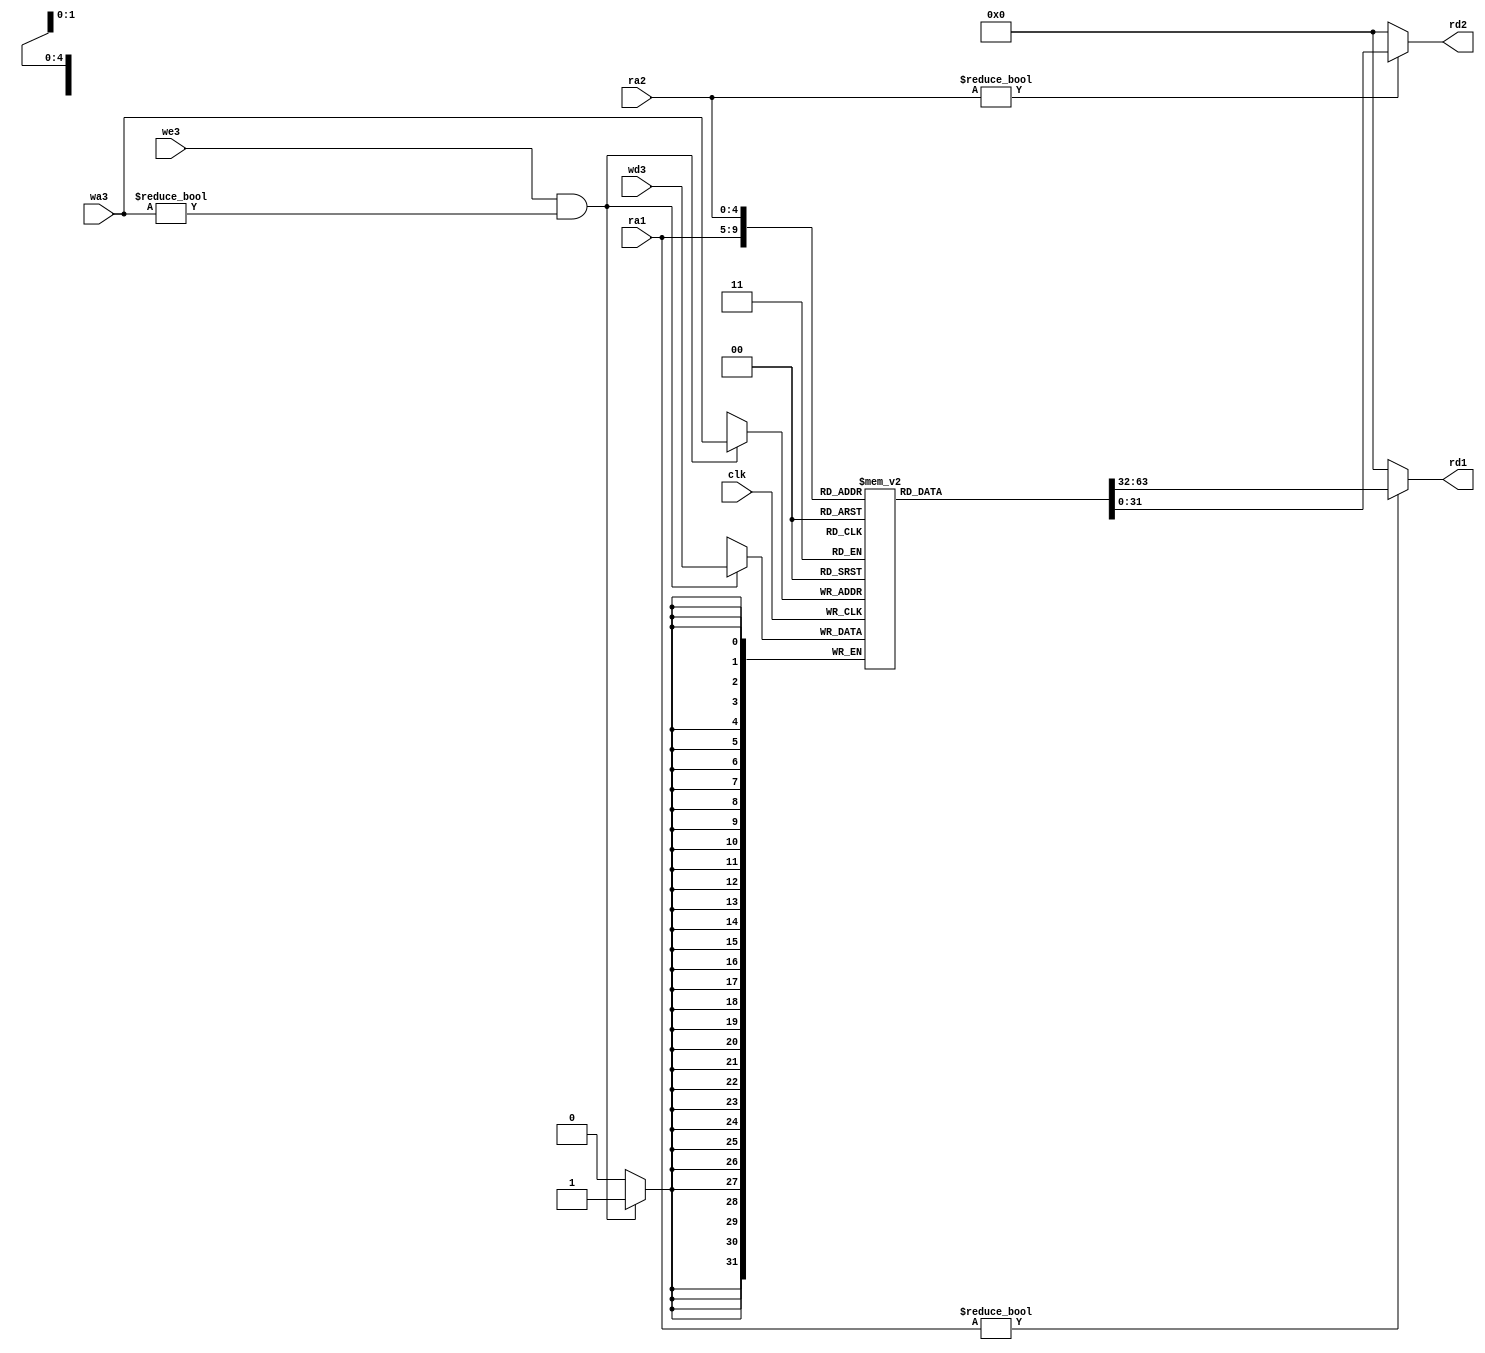
module regfile (input         clk, 
		input         we3, 
		input  [4:0]  ra1, ra2, wa3, 
		input  [31:0] wd3, 
		output [31:0] rd1, rd2);

   reg [31:0] 		      rf[31:0];

   // three ported register file
   // read two ports combinationally
   // write third port on rising edge of clock
   // register 0 hardwired to 0

   always @(posedge clk)
     if (we3 && wa3!=0) rf[wa3] <= wd3;	

   assign rd1 = (ra1 != 0) ? rf[ra1] : 0;
   assign rd2 = (ra2 != 0) ? rf[ra2] : 0;
   
endmodule // regfile